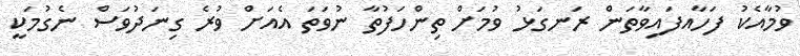
ވުމާއެކު ފަހާއފައިވާތަން ރަނގަޅު ވުމަށް ތިންހަފުތާ ނުވަތަ އެއަށް ވުރެ ގިނަދުވަސް ނެގުމަކީ